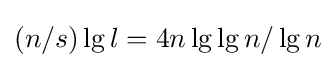
(n/s)\lg l=4n\lg \lg n/\lg n